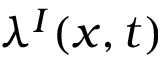
\lambda ^ { I } ( x , t )